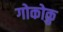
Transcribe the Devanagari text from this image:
गोकोकु